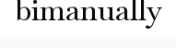
bimanually